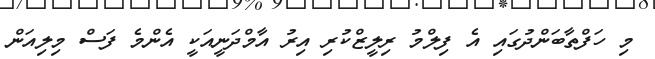
މި ހަފްތާބަންދުގައި އެ ފިލްމު ރިލީޒްކުރި އިރު އާމްދަނީއަކީ އެންމެ ފަސް މިލިއަން